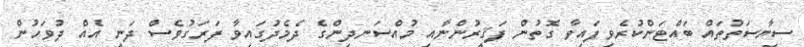
ސިޔާސަތުތައް ބައްޓަންކުރެވިފައިވާ ގޮތުން ފަޤީރުންނާއި މުއްސަނދިންގެ ދެމެދުގައިވާ ފަރަގުވެސް ދަނީ އެއް ދުވަހުން